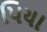
પિયા